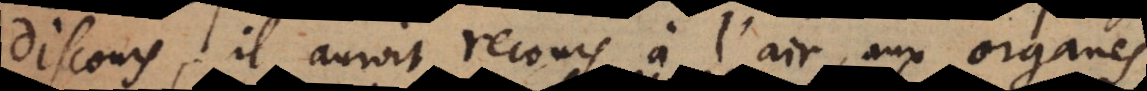
discours, il auroit recours à l’air, aux organes